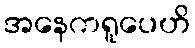
အနေကရူပေဟိ